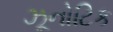
ઝૂનોટિક